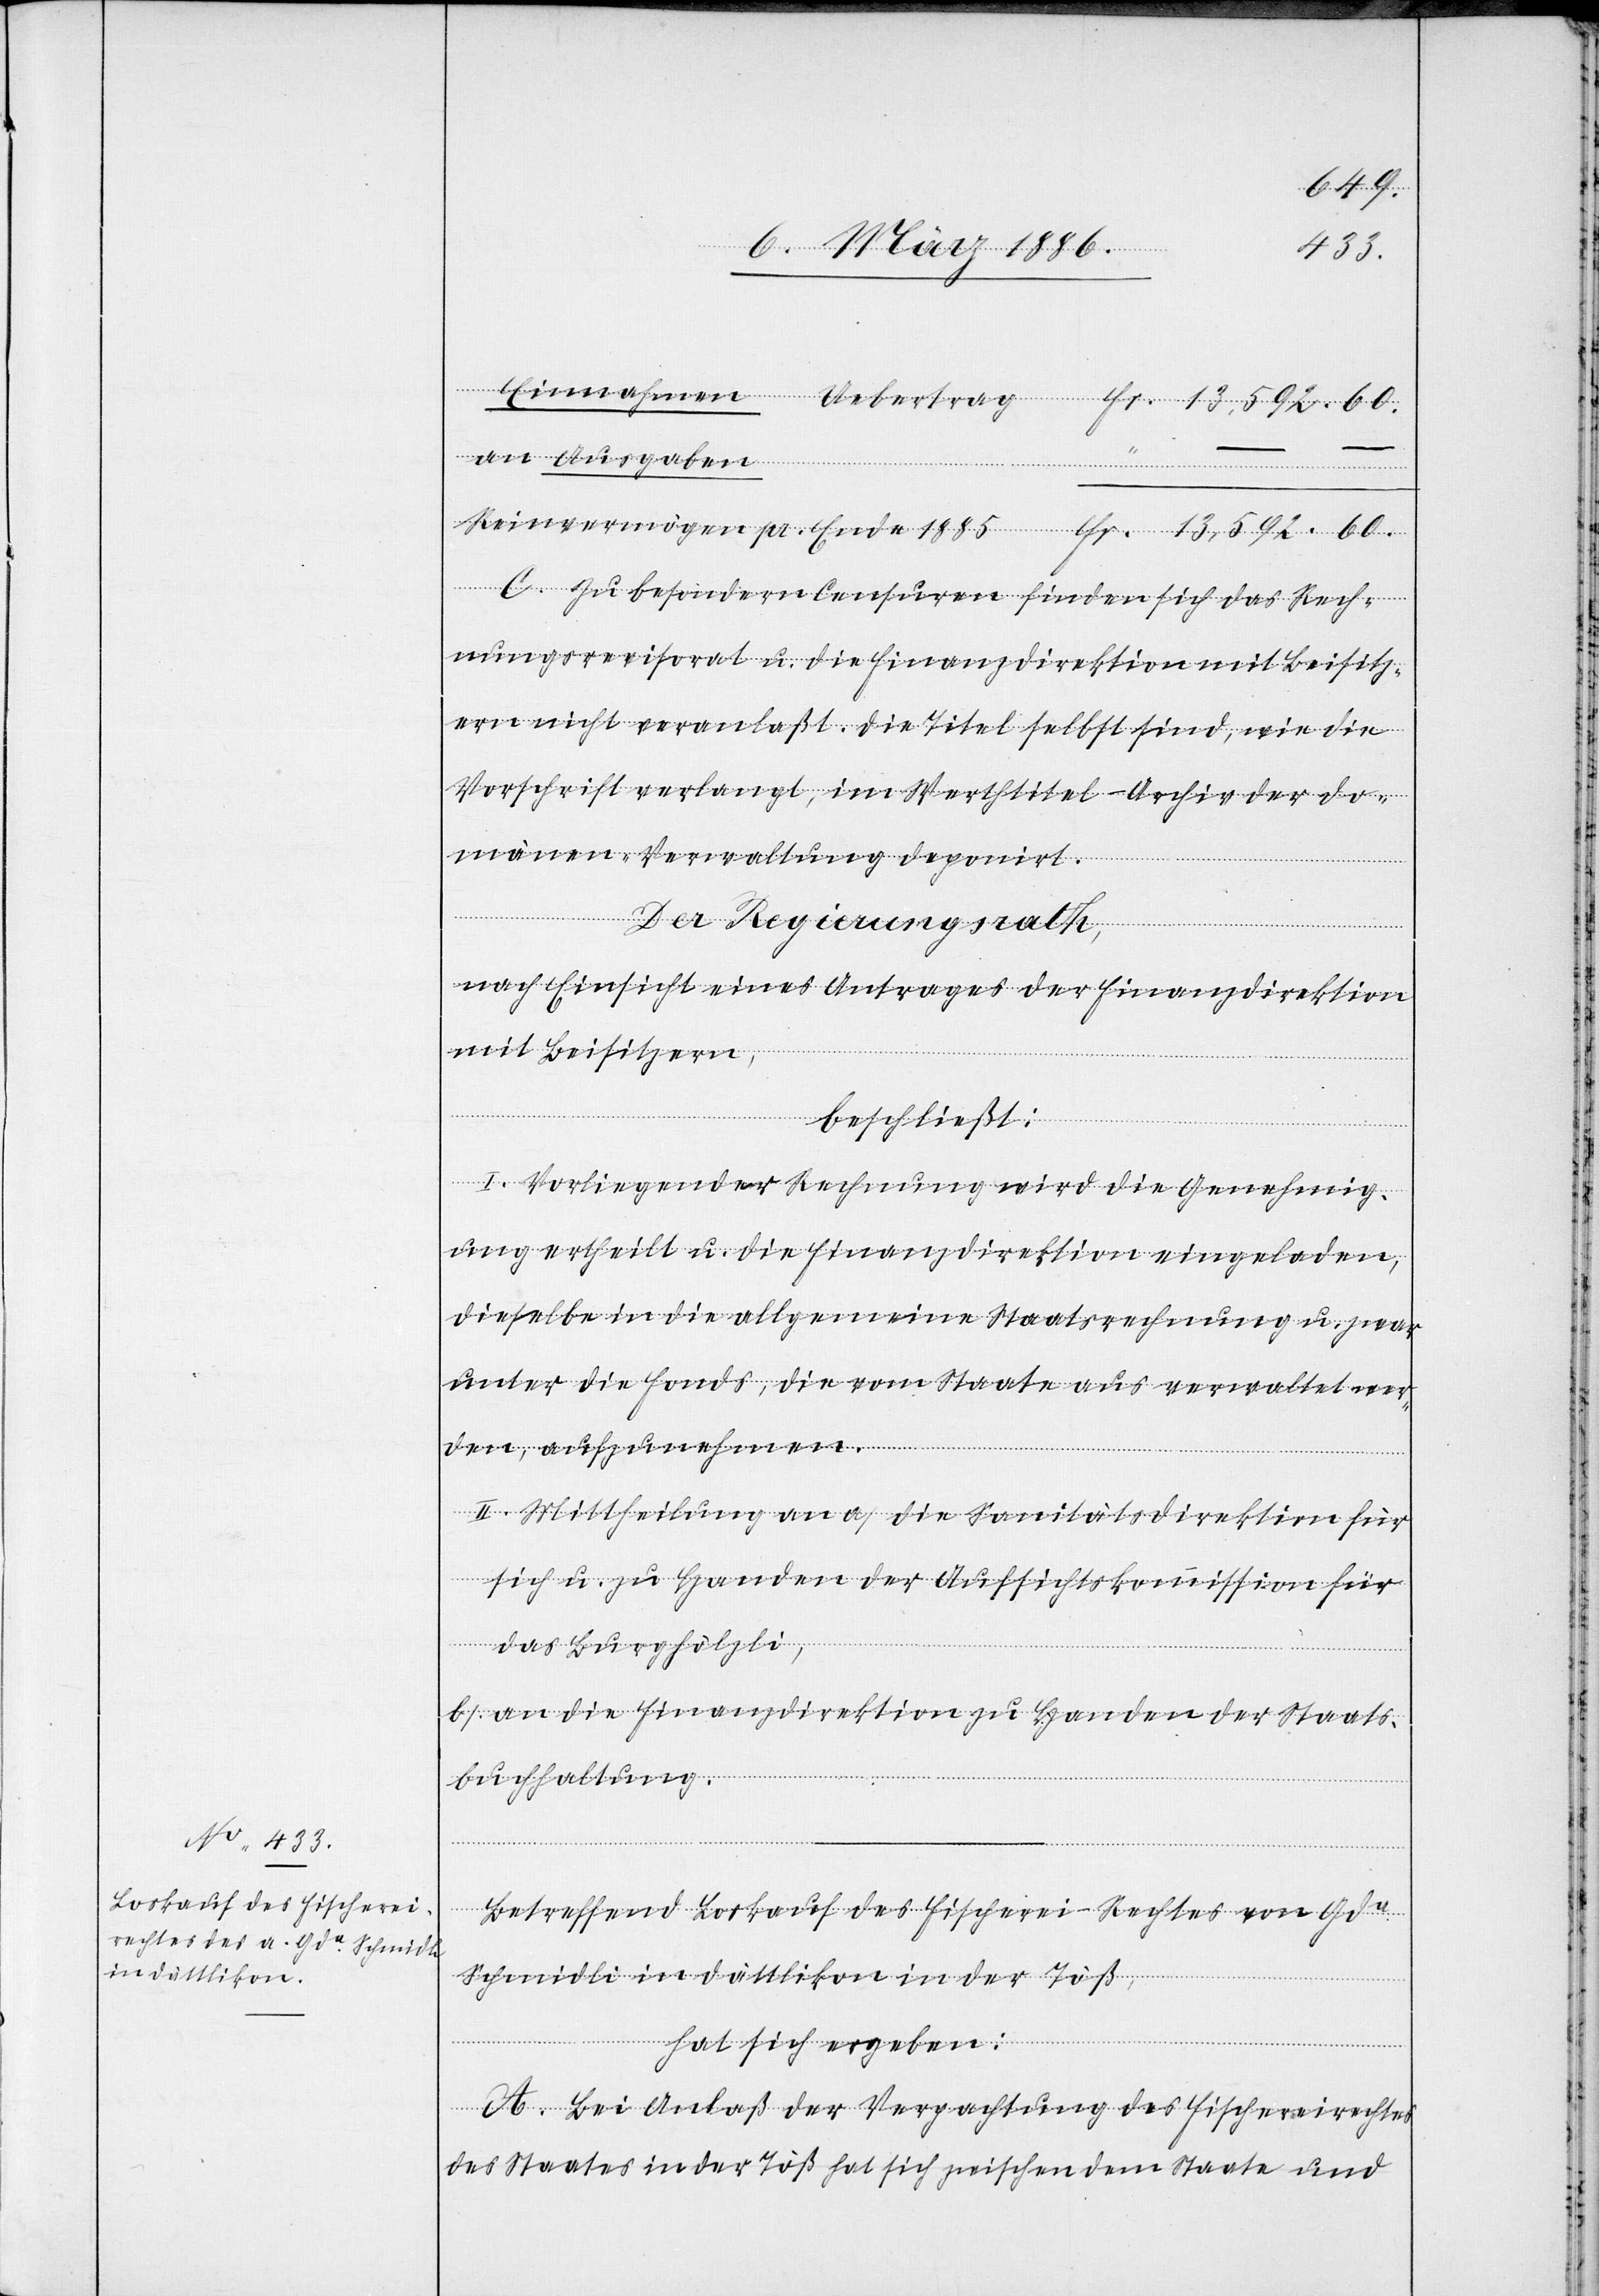
60.
13,592.
an Ausgaben
pr. Ende
C. Zu besondern Censuren finden sich das Rech¬
nungsrevisorat u. die Finanzdirektion mit Beisitz¬
ern nicht veranlaßt. Die Titel selbst sind, wie die
Vorschrift verlangt, im Werthtitel-Archiv der Do¬
mänen-Verwaltung deponirt.
Der Regierungsrath,
nach Einsicht eines Antrags der Finanzdirektion
mit Beisitzern,
beschließt:
I. Vorliegender Rechnung wird die Genehmig¬
ung ertheilt u. die Finanzdirektion eingeladen,
dieselbe in die allgemeine Staatsrechnung u. zwar
unter die Fonds, die vom Staate aus verwaltet wer¬
den, aufzunehmen.
II. Mittheilung an a) die Sanitätsdirektion für
sich u. zu Handen der Aufsichtskommission für
das Burghölzli,
b) an die Finanzdirektion zu Handen der Staats¬
buchhaltung.
Einnahmen Uebertrag
Betreffend Loskauf des Fischerei-Rechtes vom Gde.
Schmidli in Dättlikon in der Töß,
Fr.
hat sich ergeben:
A. Bei Anlaß der Verpachtung des Fischereirechtes
des Staates in der Töß hat sich zwischen dem Staate und